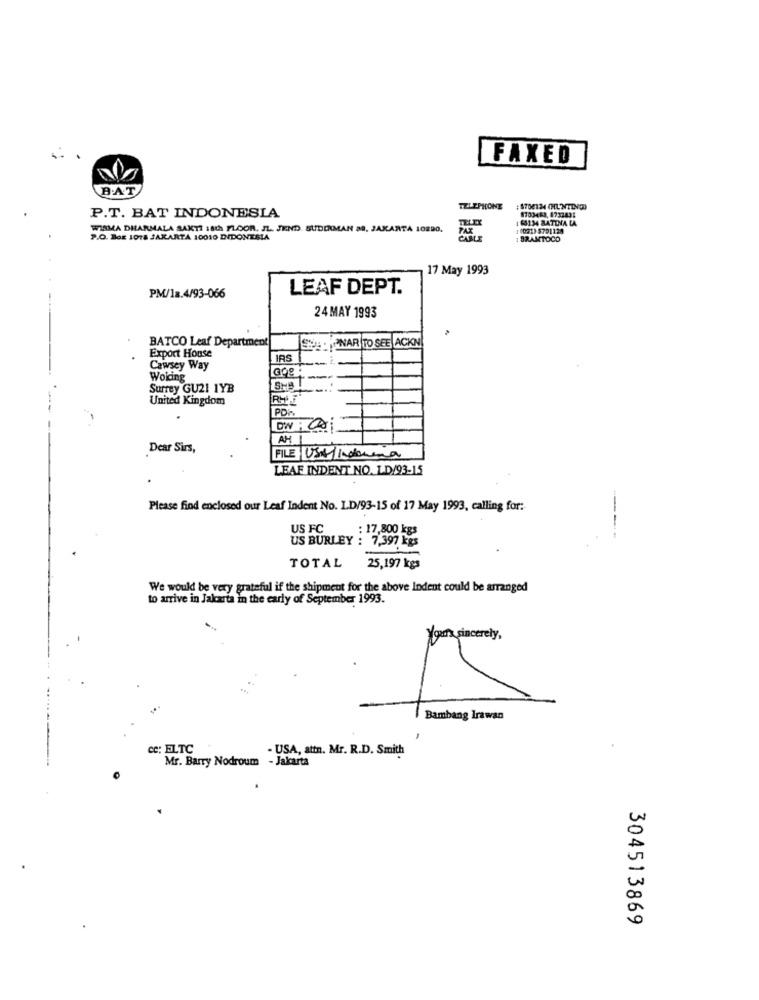
FAXED
B.AT
TELEPHONE
:4704134 (HL NTDV0)
8703463, 8733431
P.T. BAT INDONESIA
TELEX
1 63134 BLATTNA CA
WIRMA DHARMALA SAKTI 18th FLOOR. JL. JEND. SUDIRMAN M. JAKARTA 10290.
PAX
: (021) 5791128
P.O. BGE 1078 JAKARTA 10010 DIDONESIA
: BRAMTOCO
17 May 1993
LEAF DEPT.
PM/1a.4/93-066
24 MAY 1993
BATCO Leaf Department
Export House
SEDIPINAR TO SEE ACKN
IRS
Cawsey Way
Wolcing
SHAT
Surrey GU21 1YB
United Kingdom
DW: 08
AH 1
Dear Sirs,
FILE USA/hakuna
LEAF INDENT NO. LD/93-15
Please find enclosed our Leaf Indent No. I.D/93-15 of 17 May 1993, calling for:
US FC
: 17,800 kgs
US BURLEY : 7,397 kgs
TOTAL
25,197 kgs
We would be very grateful if the shipment for the above Indent could be arranged
to arrive in Jakarta in the early of September 1993.
yours sincerely,
Bambang Irawan
cc: ELTC
- USA, attn. Mr. R.D. Smith
Mr. Barry Nodroum - Jakarta
304513869